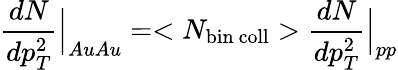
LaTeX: {\frac{dN}{dp_{T}^{2}}}\Big|_{AuAu}=<N_{\mathrm{bin~coll}}>{\frac{dN}{dp_{T}^{2}}}\Big|_{pp}